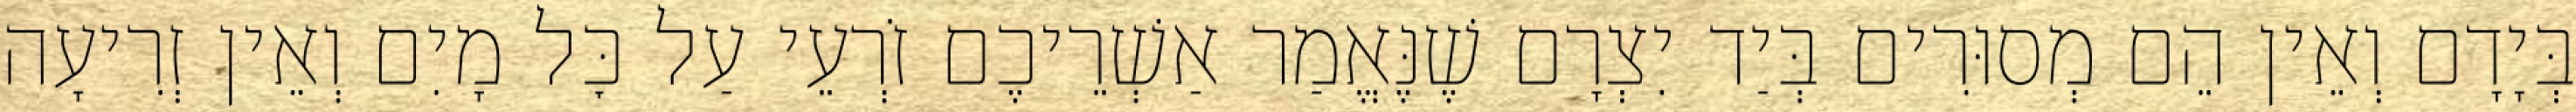
בְּיָדָם וְאֵין הֵם מְסוּרִים בְּיַד יִצְרָם שֶׁנֶּאֱמַר אַשְׁרֵיכֶם זֹרְעֵי עַל כׇּל מָיִם וְאֵין זְרִיעָה